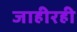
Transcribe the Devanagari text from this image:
जाहीरही